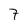
Character: 7